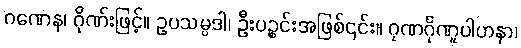
ဂဏေန၊ ဂိုဏ်းဖြင့်။ ဥပသမ္ပဒါ၊ ဦးပဉ္စင်းအဖြစ်၎င်း။ ဂုဏင်္ဂုဏူပါဟနာ၊